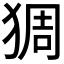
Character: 𱮅